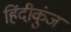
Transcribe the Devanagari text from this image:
हिंदीकुंज